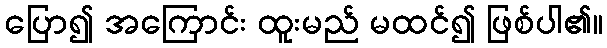
ပြော၍ အကြောင်း ထူးမည် မထင်၍ ဖြစ်ပါ၏။